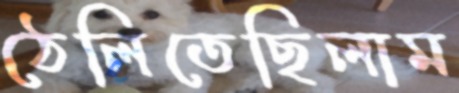
ঠেলিতেছিলাম